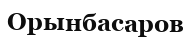
Орынбасаров